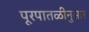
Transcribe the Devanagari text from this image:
पूरपातळीनुसार